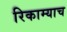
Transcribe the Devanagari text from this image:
रिकाम्याच